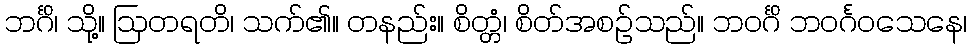
ဘင်္ဂိ၊ သို့။ ဩတရတိ၊ သက်၏။ တနည်း။ စိတ္တံ၊ စိတ်အစဉ်သည်။ ဘဝင်္ဂိ ဘဝင်္ဂဝသေနေ၊